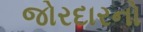
જોરદારનો